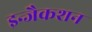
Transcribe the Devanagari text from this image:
इन्जैकशन